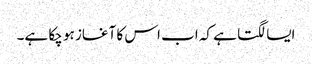
ایسا لگتا ہے کہ اب اس کا آغاز ہو چکا ہے۔